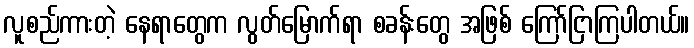
လူစည်ကားတဲ့ နေရာတွေက လွတ်မြောက်ရာ စခန်းတွေ အဖြစ် ကြော်ငြာကြပါတယ်။